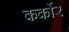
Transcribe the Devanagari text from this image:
कर्कोर